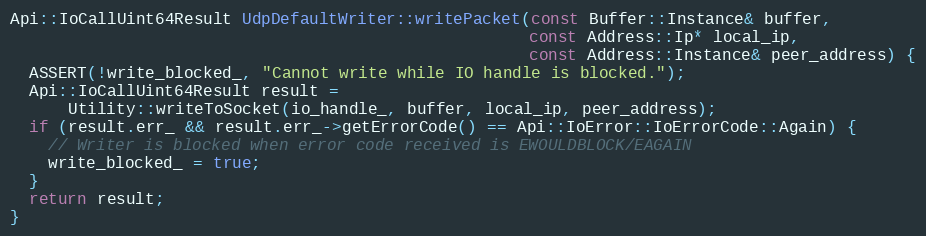
Language: C++
Api::IoCallUint64Result UdpDefaultWriter::writePacket(const Buffer::Instance& buffer,
                                                      const Address::Ip* local_ip,
                                                      const Address::Instance& peer_address) {
  ASSERT(!write_blocked_, "Cannot write while IO handle is blocked.");
  Api::IoCallUint64Result result =
      Utility::writeToSocket(io_handle_, buffer, local_ip, peer_address);
  if (result.err_ && result.err_->getErrorCode() == Api::IoError::IoErrorCode::Again) {
    // Writer is blocked when error code received is EWOULDBLOCK/EAGAIN
    write_blocked_ = true;
  }
  return result;
}